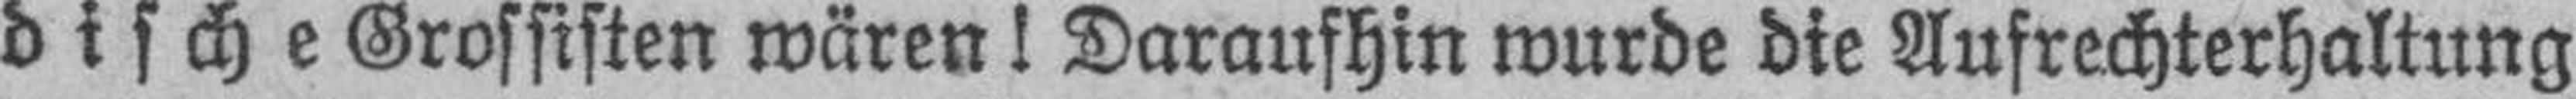
dische Grossisten wären! Daraufhin wurde die Aufrechterhaltung